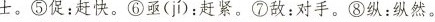
士。^{⑤}促：赶快。^{⑥}亟( ji )：赶紧。^{⑦}敌：对手。^{⑧}纵：纵然。